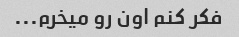
فکر کنم اون رو میخرم...